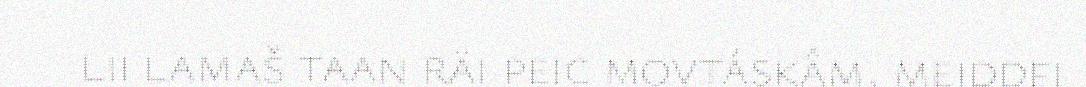
lii lamaš taan räi peic movtáskâm, meiddei